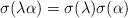
\begin{align*}\sigma(\lambda\alpha)=\sigma(\lambda)\sigma(\alpha)\end{align*}